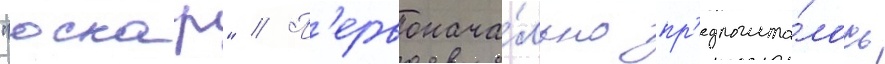
"оскар" // П'ервонача́льно пр'едполага́лось